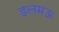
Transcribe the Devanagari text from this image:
डलमऊ